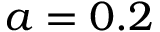
a = 0 . 2